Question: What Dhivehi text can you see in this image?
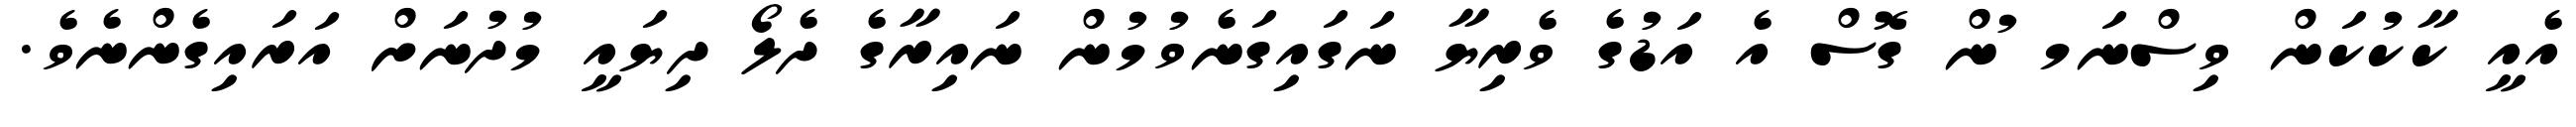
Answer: އެއީ ކާކުކަން ވިސްނަމ ުން ގޮސް އެ އަޑުގެ ވެރިޔާ ނަގައިގަނެވުމުން ނައިރާގެ ދެލޯ ދިޔައީ މުދުނަށް އަރައިގެންނެވެ.